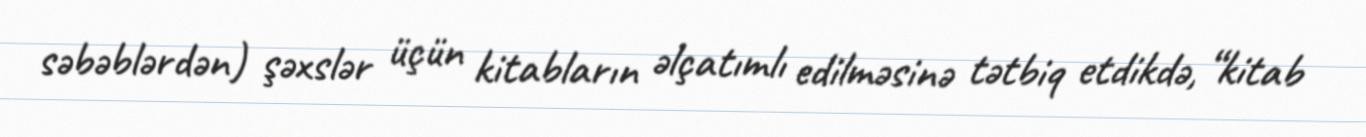
səbəblərdən) şəxslər üçün kitabların əlçatımlı edilməsinə tətbiq etdikdə, “kitab